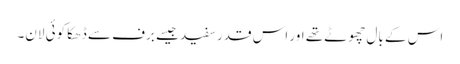
اس کے بال چھوٹے تھے اور اس قدر سفید جیسے برف سے ڈھکا کوئی لان۔